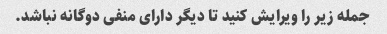
جمله زیر را ویرایش کنید تا دیگر دارای منفی دوگانه نباشد.